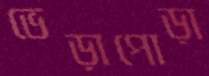
ভেড়াপোড়া